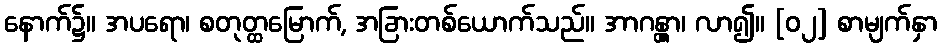
နောက်၌။ အပရော၊ စတုတ္ထမြောက်, အခြားတစ်ယောက်သည်။ အာဂန္တွာ၊ လာ၍။ [၀၂] စာမျက်နှာ